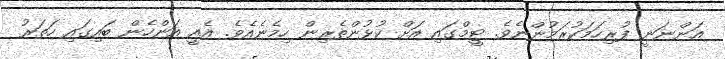
އަންނަނީ ފުރިހަމަކުރަމުންނެވެ. ޓީމްގައި އަށް ކުޅުންތެރިން ހިމެނެއެވެ. އެއީ އަންހެން ބައިގައި ހަތަރު